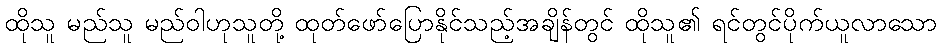
ထိုသူ မည်သူ မည်ဝါဟုသူတို့ ထုတ်ဖော်ပြောနိုင်သည့်အချိန်တွင် ထိုသူ၏ ရင်တွင်ပိုက်ယူလာသော